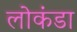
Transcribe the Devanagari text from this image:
लोकंडा